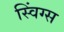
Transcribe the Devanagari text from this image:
स्विंग्स